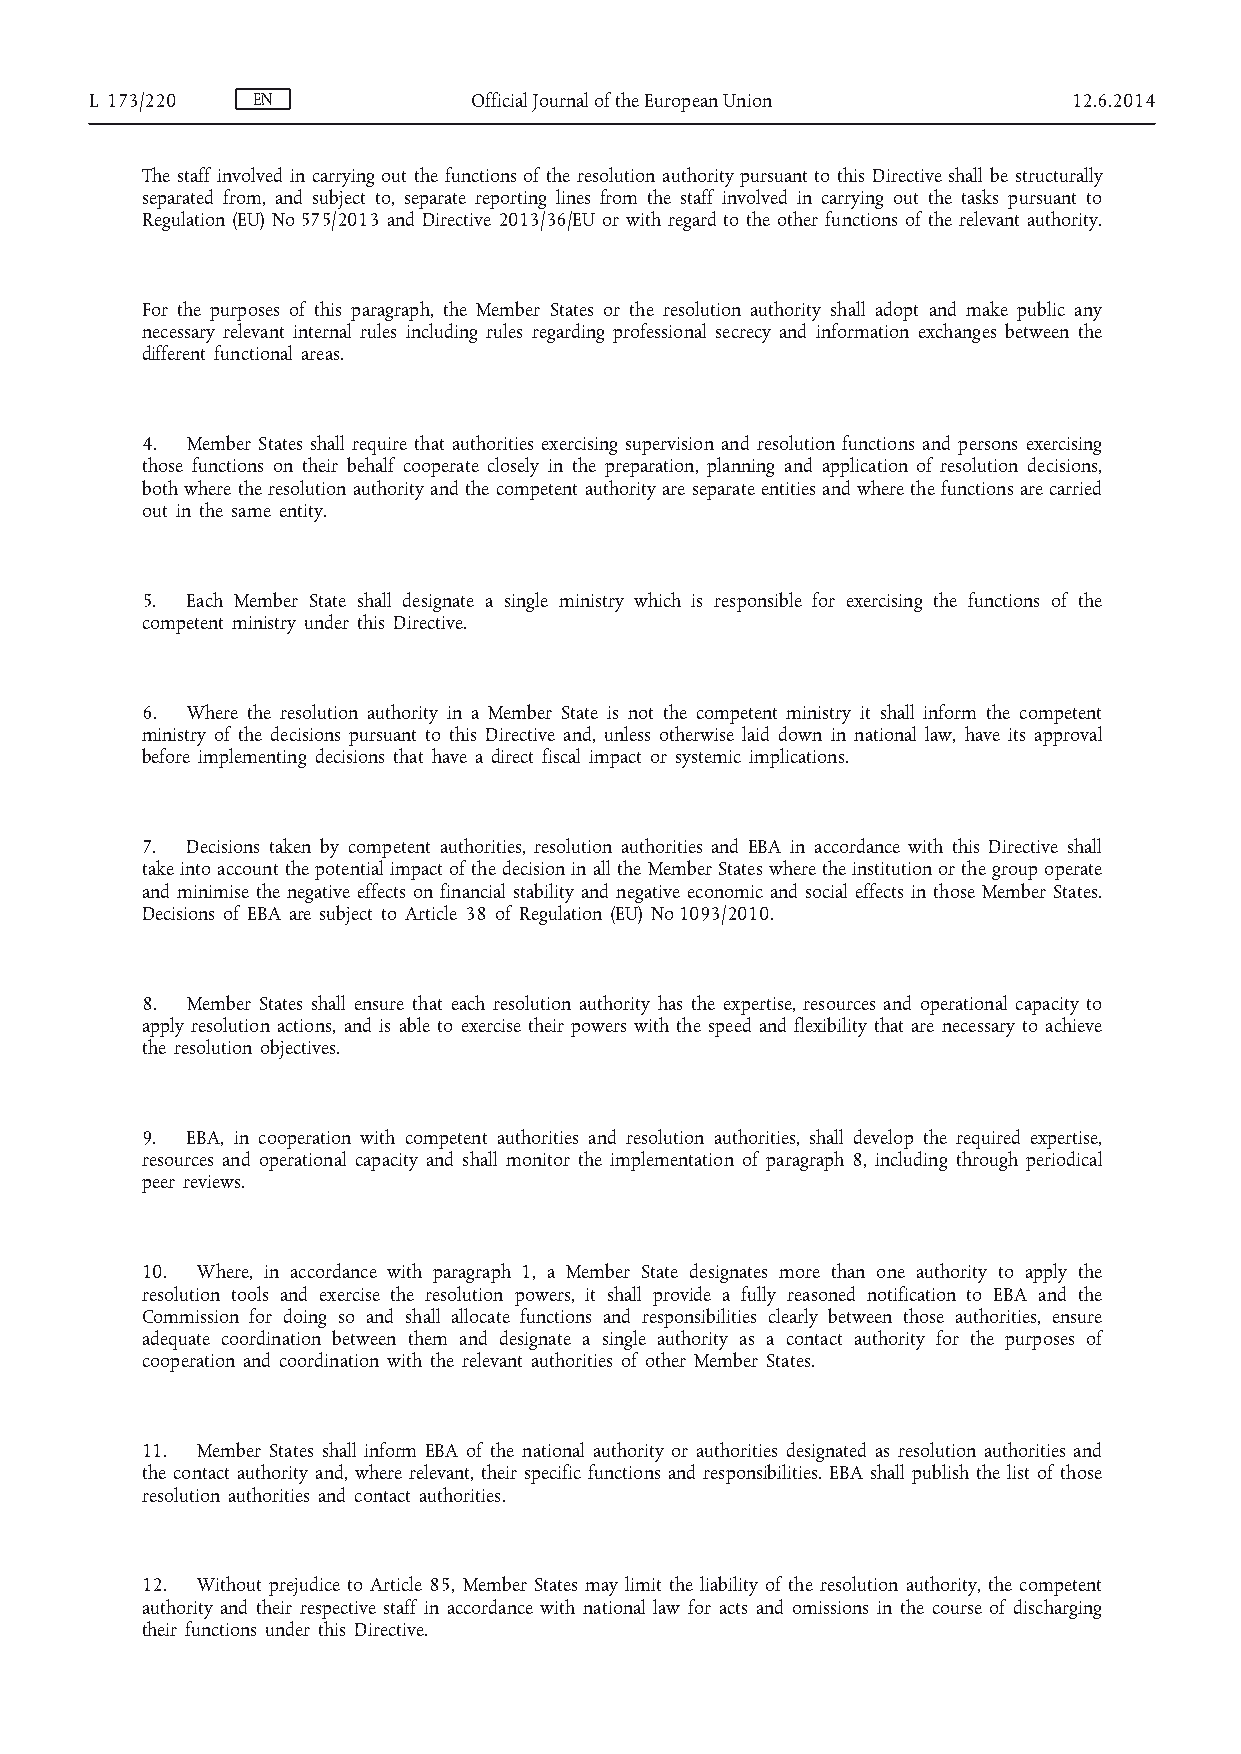
L 173/220  EN            Official Journal of the European Union  12.6.2014
 The staff involved in carrying out the functions of the resolution authority pursuant to this Directive shall be structurally
 separated from, and subject to, separate reporting lines from the staff involved in carrying out the tasks pursuant to
 Regulation (EU) No 575/2013 and Directive 2013/36/EU or with regard to the other functions of the relevant authority.
 For the purposes of this paragraph, the Member States or the resolution authority shall adopt and make public any
 necessary relevant internal rules including rules regarding professional secrecy and information exchanges between the
 different functional areas.
 4. Member States shall require that authorities exercising supervision and resolution functions and persons exercising
 those functions on their behalf cooperate closely in the preparation, planning and application of resolution decisions,
 both where the resolution authority and the competent authority are separate entities and where the functions are carried
 out in the same entity.
 5. Each Member State shall designate a single ministry which is responsible for exercising the functions of the
 competent ministry under this Directive.
 6. Where the resolution authority in a Member State is not the competent ministry it shall inform the competent
 ministry of the decisions pursuant to this Directive and, unless otherwise laid down in national law, have its approval
 before implementing decisions that have a direct fiscal impact or systemic implications.
 7. Decisions taken by competent authorities, resolution authorities and EBA in accordance with this Directive shall
 take into account the potential impact of the decision in all the Member States where the institution or the group operate
 and minimise the negative effects on financial stability and negative economic and social effects in those Member States.
 Decisions of EBA are subject to Article 38 of Regulation (EU) No 1093/2010.
 8. Member States shall ensure that each resolution authority has the expertise, resources and operational capacity to
 apply resolution actions, and is able to exercise their powers with the speed and flexibility that are necessary to achieve
 the resolution objectives.
 9. EBA, in cooperation with competent authorities and resolution authorities, shall develop the required expertise,
 resources and operational capacity and shall monitor the implementation of paragraph 8, including through periodical
 peer reviews.
 10. Where, in accordance with paragraph 1, a Member State designates more than one authority to apply the
 resolution tools and exercise the resolution powers, it shall provide a fully reasoned notification to EBA and the
 Commission for doing so and shall allocate functions and responsibilities clearly between those authorities, ensure
 adequate coordination between them and designate a single authority as a contact authority for the purposes of
 cooperation and coordination with the relevant authorities of other Member States.
 11. Member States shall inform EBA of the national authority or authorities designated as resolution authorities and
 the contact authority and, where relevant, their specific functions and responsibilities. EBA shall publish the list of those
 resolution authorities and contact authorities.
 12. Without prejudice to Article 85, Member States may limit the liability of the resolution authority, the competent
 authority and their respective staff in accordance with national law for acts and omissions in the course of discharging
 their functions under this Directive.